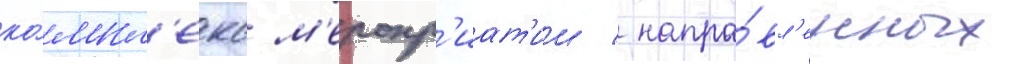
ко́мпл'екс м'еропр'иат'ии / напра́вл'енных